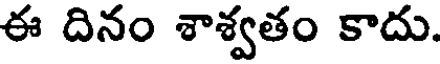
ఈ దినం శాశ్వతం కాదు.